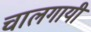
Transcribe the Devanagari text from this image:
चालगायी